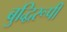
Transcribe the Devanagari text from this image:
बुद्धिरूपी